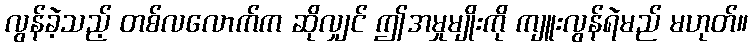
လွန်ခဲ့သည့် တစ်လလောက်က ဆိုလျှင် ဤအမှုမျိုးကို ကျူးလွန်ရဲမည် မဟုတ်။